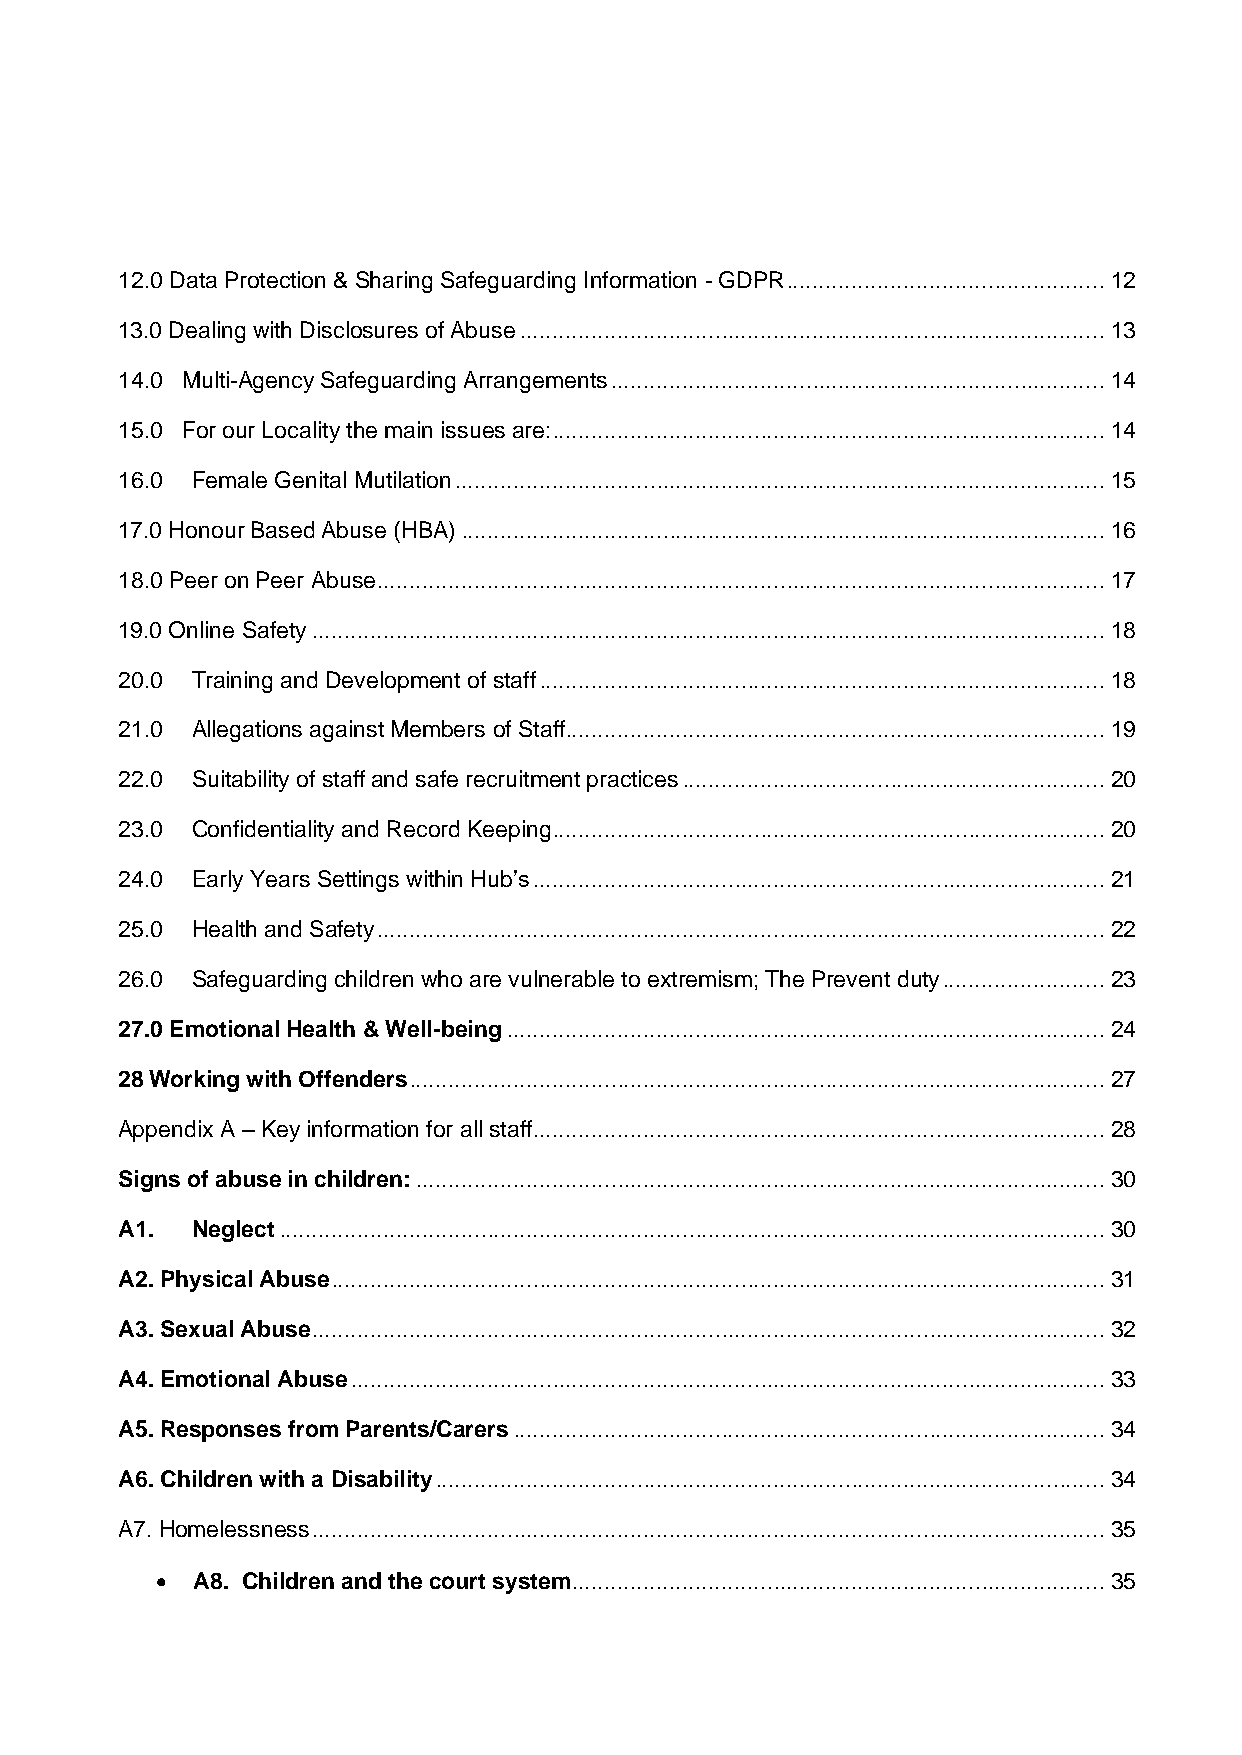
12.0 Data Protection & Sharing Safeguarding Information - GDPR ................................................. 12
 13.0 Dealing with Disclosures of Abuse .......................................................................................... 13
 14.0 Multi-Agency Safeguarding Arrangements ............................................................................ 14
 15.0 For our Locality the main issues are: ..................................................................................... 14
 16.0 Female Genital Mutilation .................................................................................................... 15
 17.0 Honour Based Abuse (HBA) ................................................................................................... 16
 18.0 Peer on Peer Abuse ................................................................................................................ 17
 19.0 Online Safety .......................................................................................................................... 18
 20.0 Training and Development of staff ....................................................................................... 18
 21.0 Allegations against Members of Staff ................................................................................... 19
 22.0 Suitability of staff and safe recruitment practices ................................................................. 20
 23.0 Confidentiality and Record Keeping ..................................................................................... 20
 24.0 Early Years Settings within Hub’s ........................................................................................ 21
 25.0 Health and Safety ................................................................................................................ 22
 26.0 Safeguarding children who are vulnerable to extremism; The Prevent duty ......................... 23
 27.0 Emotional Health & Well-being ............................................................................................ 24
 28 Working with Offenders ........................................................................................................... 27
 Appendix A – Key information for all staff ........................................................................................ 28
 Signs of abuse in children: .......................................................................................................... 30
 A1.  Neglect ............................................................................................................................... 30
 A2. Physical Abuse ....................................................................................................................... 31
 A3. Sexual Abuse .......................................................................................................................... 32
 A4. Emotional Abuse .................................................................................................................... 33
 A5. Responses from Parents/Carers ........................................................................................... 34
 A6. Children with a Disability ....................................................................................................... 34
 A7. Homelessness .......................................................................................................................... 35
 •  A8. Children and the court system .................................................................................. 35